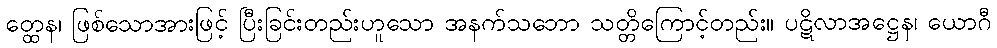
တ္ထေန၊ ဖြစ်သောအားဖြင့် ပြီးခြင်းတည်းဟူသော အနက်သဘော သတ္တိကြောင့်တည်း။ ပဋိလာအဋ္ဌေန၊ ယောဂီ